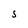
Character: S